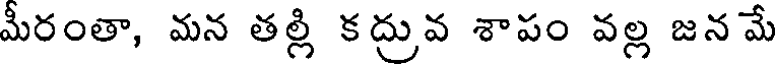
మీరంతా, మన తల్లి కద్రువ శాపం వల్ల జన మే